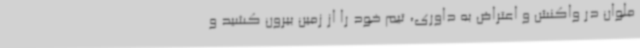
ملوان در واکنش و اعتراض به داوری، تیم خود را از زمین بیرون کشید و